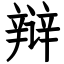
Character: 辩